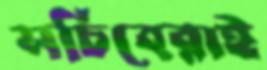
সচিবেরাই